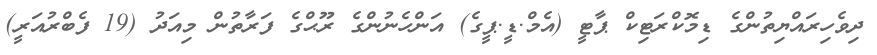
ދިވެހިރައްޔިތުންގެ ޑިމޮކްރަޓިކް ޕާޓީ (އެމް.ޑީ.ޕީގެ) އަންހެނުންގެ ރޫޙްގެ ފަރާތުން މިއަދު (19 ފެބްރުއަރީ)